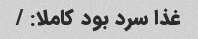
غذا سرد بود کاملا: /